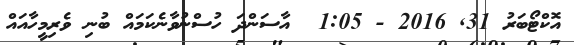
އޮކްޓޯބަރު 31